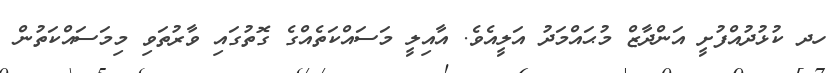
ހދ ކުޅުދުއްފުށީ އަންދާޒް މުޙައްމަދު އަލީއެވެ. އާއިލީ މަސައްކަތެއްގެ ގޮތުގައި ވާރުތަވި މިމަސައްކަތުން